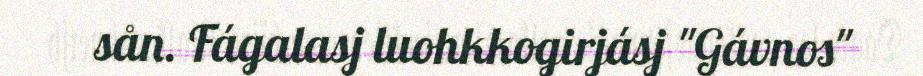
sån. Fágalasj luohkkogirjásj "Gávnos"